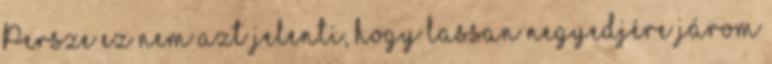
Persze ez nem azt jelenti, hogy lassan negyedjére járom